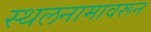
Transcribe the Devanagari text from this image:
स्थलनामावरून